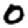
Digit: 0